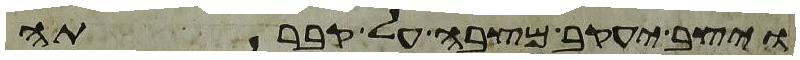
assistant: ויצב יעקב מצבה על קברתה